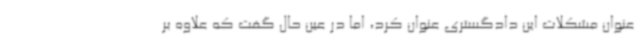
عنوان مشکلات این دادگستری عنوان کرد، اما در عین حال گفت که علاوه بر